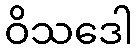
ဝိသဒေါ